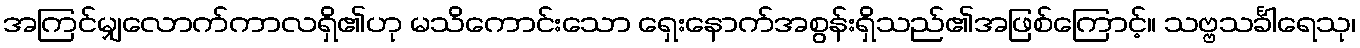
အကြင်မျှလောက်ကာလရှိ၏ဟု မသိကောင်းသော ရှေးနောက်အစွန်းရှိသည်၏အဖြစ်ကြောင့်။ သဗ္ဗသင်္ခါရေသု၊